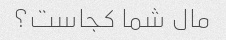
مال شما کجاست؟